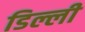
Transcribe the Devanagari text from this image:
डिल्ली